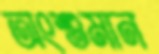
অংশুমান